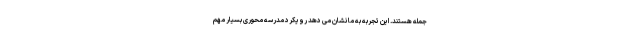
جمله هستند. این تجربه به ما نشان می دهد رویکرد مدرسه محوری بسیار مهم